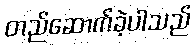
တည်ဆောက်ခဲ့ပါသည်